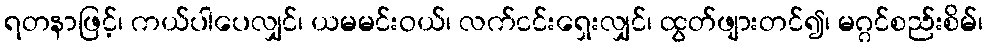
ရတနာဖြင့်၊ ကယ်ပါပေလျှင်၊ ယမမင်းဝယ်၊ လက်ငင်းရှေးလျှင်၊ ထွတ်ဖျားတင်၍၊ မဂ္ဂင်စည်းစိမ်၊